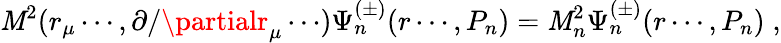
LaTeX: {\cal\mathit{M}}^{2}(r_{\mu}\cdots,\partial/\partialr_{\mu}\cdots)\Psi_{n}^{(\pm)}(r\cdots,P_{n})=\mathit{M}_{n}^{2}\Psi_{n}^{(\pm)}(r\cdots,P_{n})\; ,